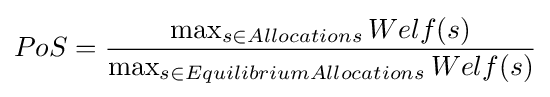
PoS={\frac {\max _{s\in Allocations}Welf(s)}{\max _{s\in EquilibriumAllocations}Welf(s)}}